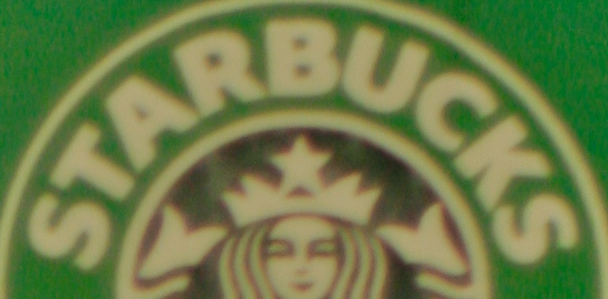
STARBUCKS